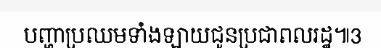
បញ្ហាប្រឈមទាំងឡាយជូនប្រជាពលរដ្ឋ៕3